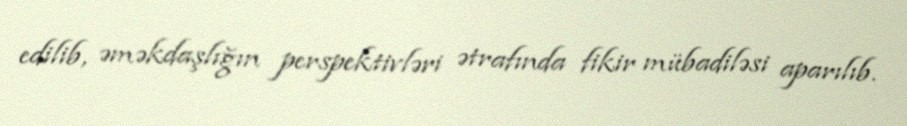
edilib, əməkdaşlığın perspektivləri ətrafında fikir mübadiləsi aparılıb.